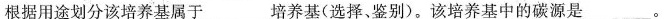
根据用途划分该培养基属于___培养基(选择、鉴别)。该培养基中的碳源是___。